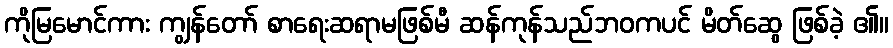
ကိုမြမောင်ကား ကျွန်တော် စာရေးဆရာမဖြစ်မီ ဆန်ကုန်သည်ဘဝကပင် မိတ်ဆွေ ဖြစ်ခဲ့ ၏။